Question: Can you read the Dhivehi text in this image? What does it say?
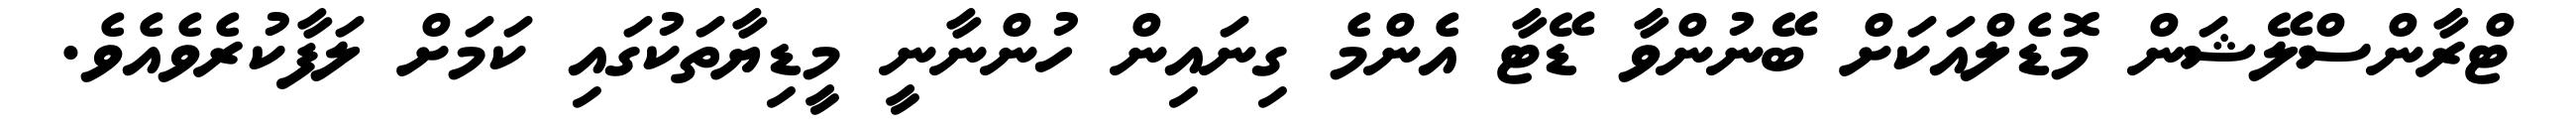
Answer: ޓްރާންސްލޭޝަން މޮޑެލްއަކަށް ބޭނުންވާ ޑޭޓާ އެންމެ ގިނައިން ހުންނާނީ މީޑިޔާތަކުގައި ކަމަށް ލަފާކުރެވެއެވެ.